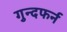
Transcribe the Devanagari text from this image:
गुन्दफर्न